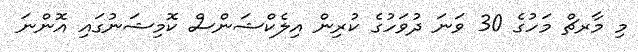
މި މާރޗް މަހުގެ 30 ވަނަ ދުވަހުގެ ކުރިން އިލެކްޝަންސް ކޮމިޝަނުގައި އޮންނަ